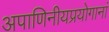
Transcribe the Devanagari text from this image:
अपाणिनीयप्रयोगानां